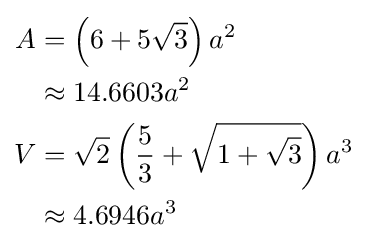
{\begin{aligned}A&=\left(6+5{\sqrt {3}}\right)a^{2}\\&\approx 14.6603a^{2}\\V&={\sqrt {2}}\left({\frac {5}{3}}+{\sqrt {1+{\sqrt {3}}}}\right)a^{3}\\&\approx 4.6946a^{3}\end{aligned}}